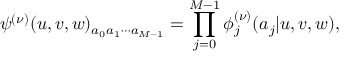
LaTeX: \psi ^ { ( \nu ) } ( u , v , w ) _ { a _ { 0 } a _ { 1 } \cdots a _ { M - 1 } } = \prod _ { j = 0 } ^ { M - 1 } \phi _ { j } ^ { ( \nu ) } ( a _ { j } | u , v , w ) ,